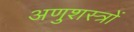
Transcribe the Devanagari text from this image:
अणुशस्त्रों